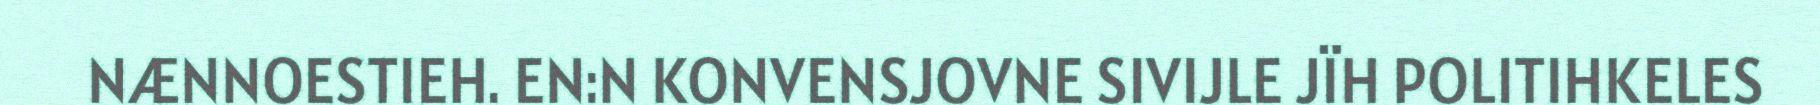
NÆNNOESTIEH. EN:N KONVENSJOVNE SIVIJLE JÏH POLITIHKELES